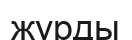
журды